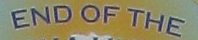
END OF THE